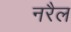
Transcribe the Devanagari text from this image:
नरैल